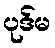
ပုဒ်မ